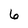
Character: 6